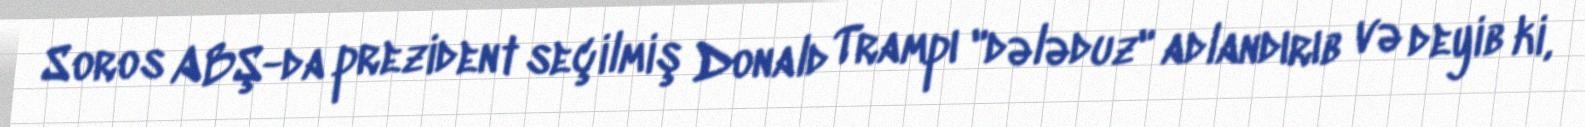
Soros ABŞ-da prezident seçilmiş Donald Trampı "dələduz" adlandırıb və deyib ki,